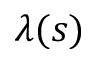
\lambda ( s )